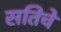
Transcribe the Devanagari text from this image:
सतिचे